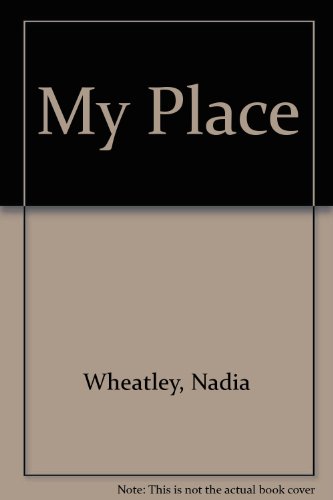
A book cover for My Place; Nadia Wheatley; Children's Books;